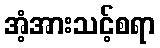
အံ့အားသင့်စရာ